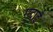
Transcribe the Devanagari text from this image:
गुदाई